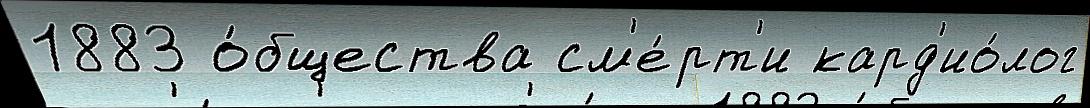
1883 о́бщества см'е́рт'и кард'ио́лог